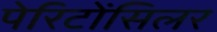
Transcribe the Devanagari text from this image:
पेरिटोंसिलर